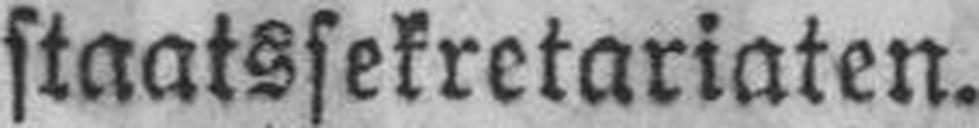
staatssekretariaten.